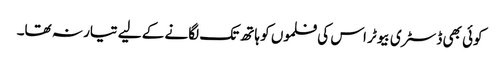
کوئی بھی ڈسٹری بیوٹر اس کی فلموں کو ہاتھ تک لگانے کے لیے تیار نہ تھا۔